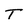
Character: T